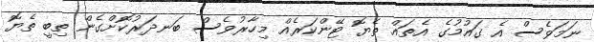
ނަމަވެސް އެ ގައުމުގެ އެތައް ތެޔޮ ޓޭންކަރެއް މިހާރުވެސް ބަނދަރުކޮށްގެން ތިބީ ތެޔޮ